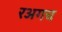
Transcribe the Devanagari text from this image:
रअगच